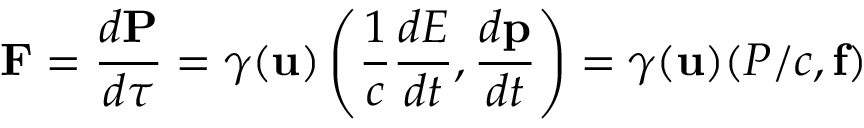
\mathbf { F } = { \frac { d \mathbf { P } } { d \tau } } = \gamma ( \mathbf { u } ) \left( { \frac { 1 } { c } } { \frac { d E } { d t } } , { \frac { d \mathbf { p } } { d t } } \right) = \gamma ( \mathbf { u } ) ( P / c , \mathbf { f } )